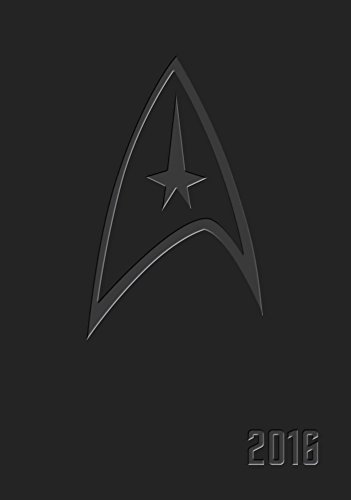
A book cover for Star Trek 2015-2016 16-Month Executive Engagement Calendar; CBS; Calendars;